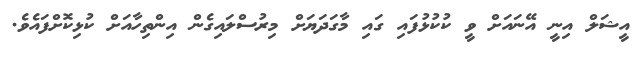
އީޝަލް އިނީ އޭނައަށް ވީ ކުކުޅުފައި ގައި މާގަދަޔަށް މިރުސްލައިގެން އިންތިހާއަށް ކުޅިކޮށްފައެވެ.